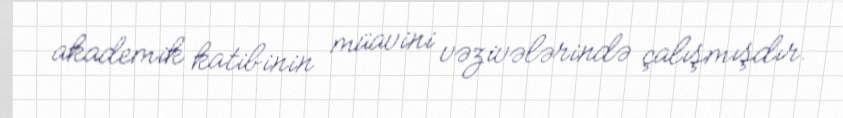
akademik katibinin müavini vəzivələrində çalışmışdır.